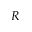
R